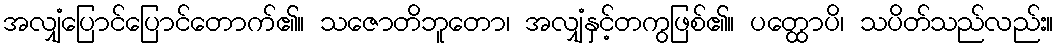
အလျှံပြောင်ပြောင်တောက်၏။ သဇောတိဘူတော၊ အလျှံနှင့်တကွဖြစ်၏။ ပတ္ထောပိ၊ သပိတ်သည်လည်း။